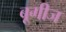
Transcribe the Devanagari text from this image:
बूगीज